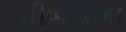
સીબીડીના